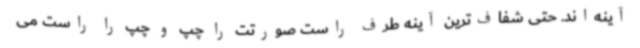
آینه‌اند. حتی شفاف‌ترین آینه طرف راست صورتت را چپ و چپ را راست می